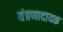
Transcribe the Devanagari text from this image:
यंत्रणादायक